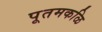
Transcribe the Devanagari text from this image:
पूतमकळि